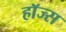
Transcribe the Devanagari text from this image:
हाॅज्स